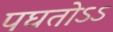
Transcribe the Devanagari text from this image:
पघतोऽऽ